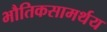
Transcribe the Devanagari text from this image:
भौतिकसामर्थय